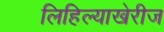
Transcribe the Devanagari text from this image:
लिहिल्याखेरीज